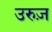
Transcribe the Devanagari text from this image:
उरुज़